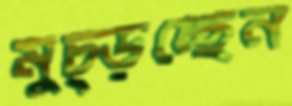
মুচ্‌ড়চ্ছেন